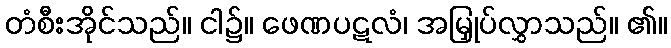
တံစီးအိုင်သည်။ ငါ၌။ ဖေဏပဋလံ၊ အမြှုပ်လွှာသည်။ ၏။